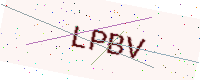
Text: LPBV